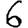
Digit: 6